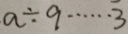
a \div 9 \cdots 3